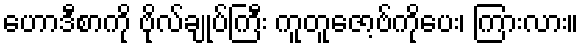
ဟောဒီစာကို ဗိုလ်ချုပ်ကြီး ကူတူဇော့ဗ်ကိုပေး၊ ကြားလား။